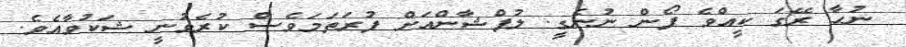
ނުހާ ރޭގަ ކީއްވެ ފޯން ނުނެގީ. ލުފްޝާންއަށް ފުރަތަމަވެސް ކުރެވުނީ ޝަކުވާއެވެ.